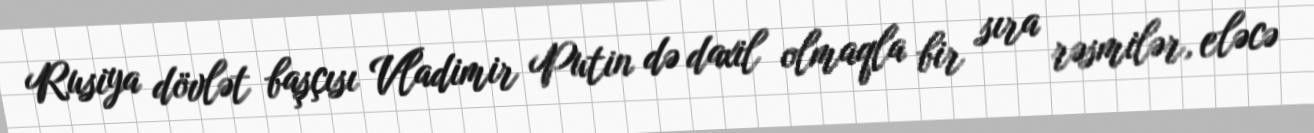
Rusiya dövlət başçısı Vladimir Putin də daxil olmaqla bir sıra rəsmilər, eləcə